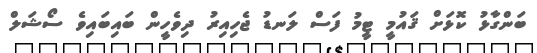
ބަންގާޅު ކޮޅަށް ޤައުމީ ޓީމު ފަސް ލަނޑު ޖެހިއިރު ދިވެހީން ބައިބައިވެ ސޯޝަލް